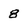
Character: 8